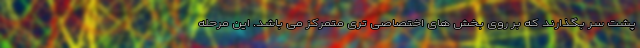
پشت سر بگذارند که بر روی بخش های اختصاصی تری متمرکز می باشد. این مرحله